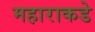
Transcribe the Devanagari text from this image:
महाराकडे